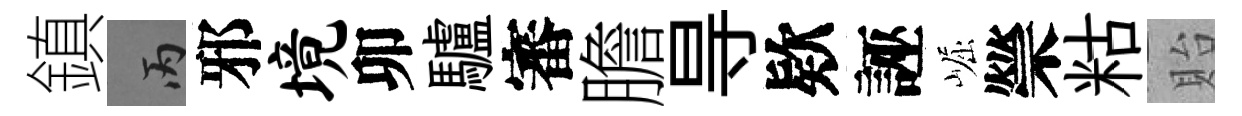
鎮丙邪境卯驢審膽㝵欵誣崛禜䊀貽